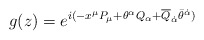
\begin{align*}g(z)=e^{i(-x^{\mu }P_{\mu }+\theta ^{\alpha }Q_{\alpha}+\overline{Q}_{\dot{\alpha}}\bar{\theta}^{\dot{\alpha}})}\end{align*}